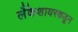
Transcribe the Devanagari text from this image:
लँकेशायरकडून